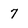
Character: 7